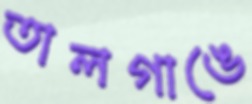
তালগাঙে